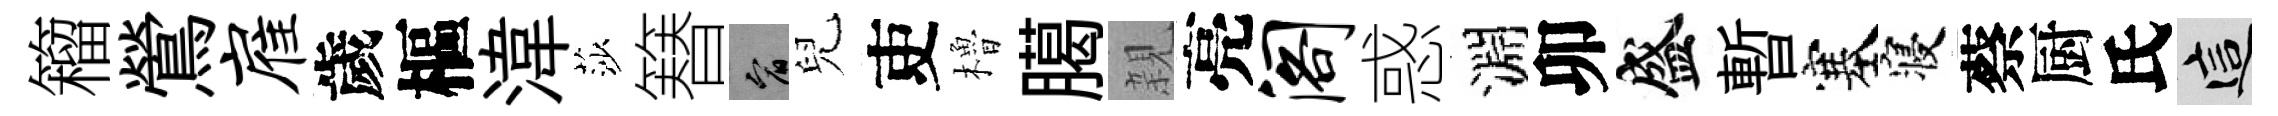
籕鶯雇歲樞湋莎簮宥兒吏櫓臈親亮阁惑淵卯盛暫塞寝蔡厨氏這